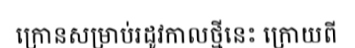
ក្រោនសម្រាប់រដូវកាលថ្មីនេះ ក្រោយពី